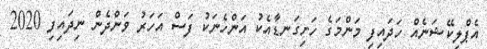
އެޕްލިކޭޝަނެއް ހަދައިފި މަންމަގެ ހަށިގަނޑާއެކު އަންހެނަކު ފަސް އަހަރު ވަންދެން ނިދައިފި 2020